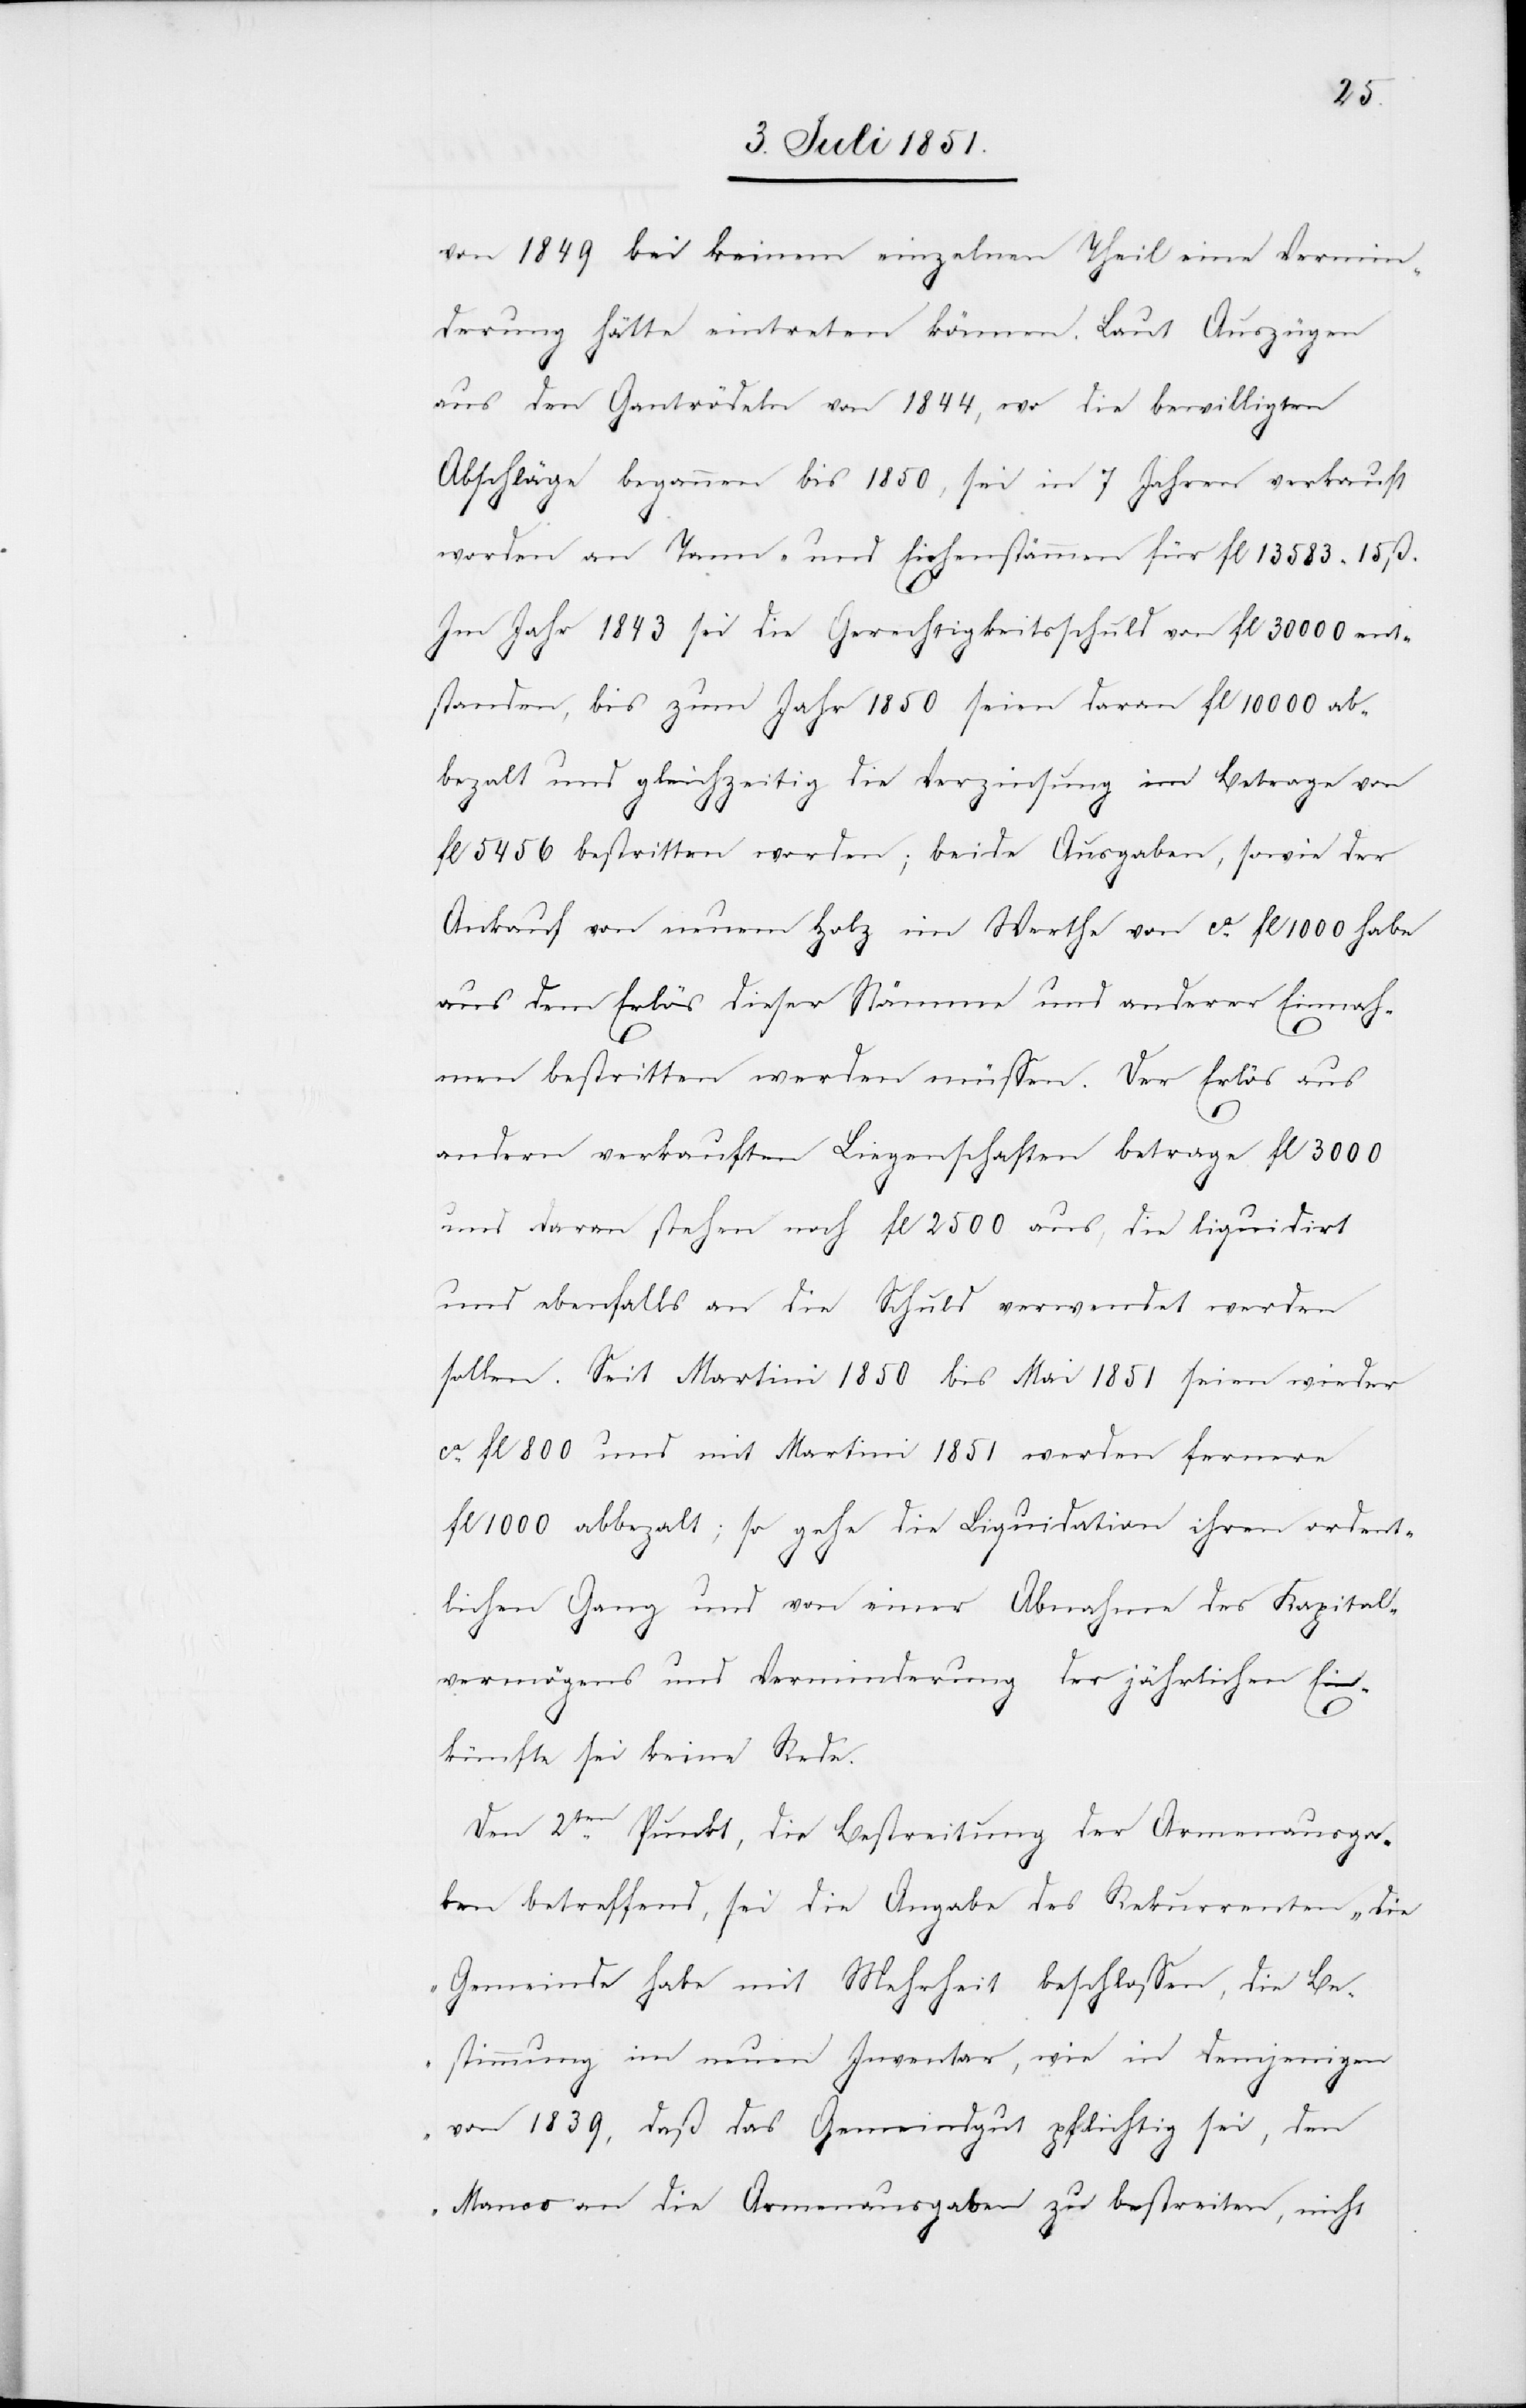
von 1849 bei keinem einzelnen Theil eine Vermin¬
derung hätte eintreten können. Laut Auszügen
aus den Gantrödeln von 1844, wo die bewilligten
Abschläge begannen bis 1850, sei in 7 Jahren verkauft
worden an Tann- und Eichenstämmen für fl 13583 15 ß.
Im Jahr 1843 sei die Gerechtigkeitsschuld von fl 30 000 ent¬
standen, bis zum Jahr 1850 seien daran fl 10 000 ab¬
beza[h]lt und gleichzeitig die Verzinsung im Betrage von
fl 5456 bestritten worden; beide Ausgaben, sowie der
Ankauf von neuem Holz im Werthe von ca. fl 1000 habe
aus dem Erlös dieser Stämme und anderer Einnah¬
men bestritten werden müssen. Der Erlös aus
andern verkauften Liegenschaften betrage fl 3000
und daran stehen noch fl 2500 aus, die liquidirt
und ebenfalls an die Schuld verwendet werden
sollen. Seit Martini 1850 bis Mai 1851 seien wieder
ca. fl 800 und mit Martini 1851 werden fernere
fl 1000 abbeza[h]lt; so gehe die Liquidation ihren ordent¬
lichen Gang und von einer Abnahme des Kapital¬
vermögens und Verminderung der jährlichen Ein¬
künfte sei keine Rede.
Den 2ten Punkt, die Bestreitung der Armenausga¬
ben betreffend, sei die Angabe des Rekurrenten „die
Gemeinde habe mit Mehrheit beschlossen, die Be¬
stimmung im neuen Inventar, wie in demjenigen
von 1839, daß das Gemeindgut pflichtig sei, den
Manco an die Armenausgaben zu bestreiten, nicht